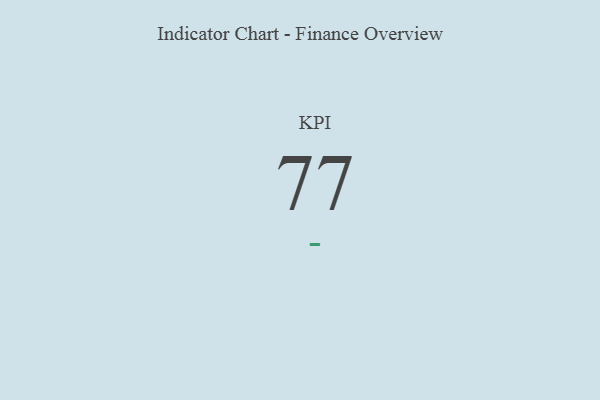
{"axis": {"x": "KPI", "y": "Value"}, "legend": [""], "data": [{"x": "KPI", "y": 77, "type": ""}]}